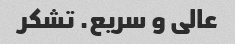
عالی و سریع. تشکر